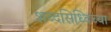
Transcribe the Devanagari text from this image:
शब्दसिध्दिच्या